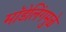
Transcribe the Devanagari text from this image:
मॉडेलिंगमुळे